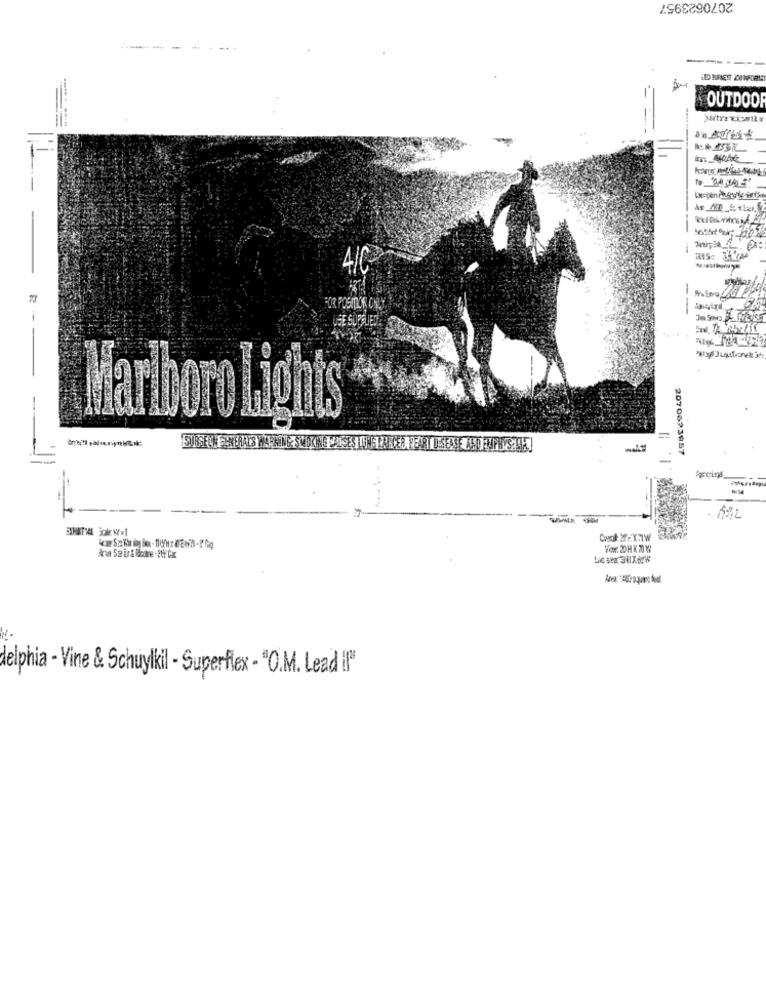
2070623957
-----
OUTDOOR
15: 36'M
AIC
FOR POSITION ONLY
--
USE SUPPLIEDA
--
Marlboro Lights
2070623957
--
delphia - Vine & Schuylkil - Superflex - "O.M. Lead il"